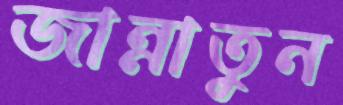
জান্নাতুন